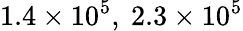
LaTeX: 1.4\times 10^{5},~2.3\times 10^{5}